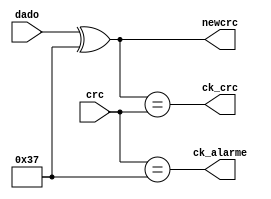
module check_CRC( ck_crc, ck_alarme, dado, crc, newcrc);
    output wire ck_alarme;
    output wire ck_crc;
    input wire [7:0] dado;
    input wire [7:0] crc;
    wire [7:0] chave;
    output wire [7:0] newcrc;
    assign chave = 8'b00110111;
    assign newcrc = dado ^ chave;
    assign ck_crc = (newcrc == crc);
    assign ck_alarme = (crc == chave);
    
    
    
endmodule